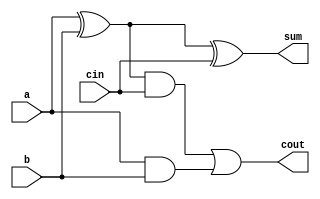
module adder_1bit(input a,b,cin, output sum, cout);
//I am using behaviour model of xor and and circuitary of 1 bit for lesser gate usage.
wire sum_1;
wire carry_1, carry_2;
    assign sum_1=a^b;
    assign sum=sum_1^cin;
    
    assign carry_1=sum_1&cin;
    assign carry_2=a&b;
    assign cout=carry_1|carry_2;
endmodule